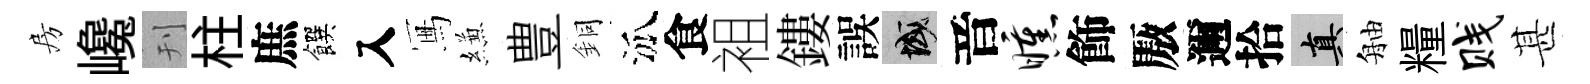
房巉刊柱庶饌入冩縑豊銅泒食袓鏤誤域音曛飾厫邇拾真舳糧贱甚